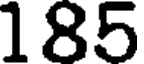
185